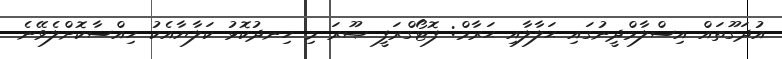
އުދަގޫތައް އިސްލާމްދީނުގައި ޙަލާލާއި ޙަރާމް: ފޮޓޯގްރަފީ ޞޫރަ މި ހިނދުކޮޅު ކަލާޔާއެކު ހިއްސާކޮށްލެވޭނެ